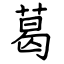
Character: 葛